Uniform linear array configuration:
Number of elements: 48
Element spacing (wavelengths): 0.5
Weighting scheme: blackman
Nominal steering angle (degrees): -15
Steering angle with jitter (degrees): -14.531
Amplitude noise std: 0.05
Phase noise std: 0.05

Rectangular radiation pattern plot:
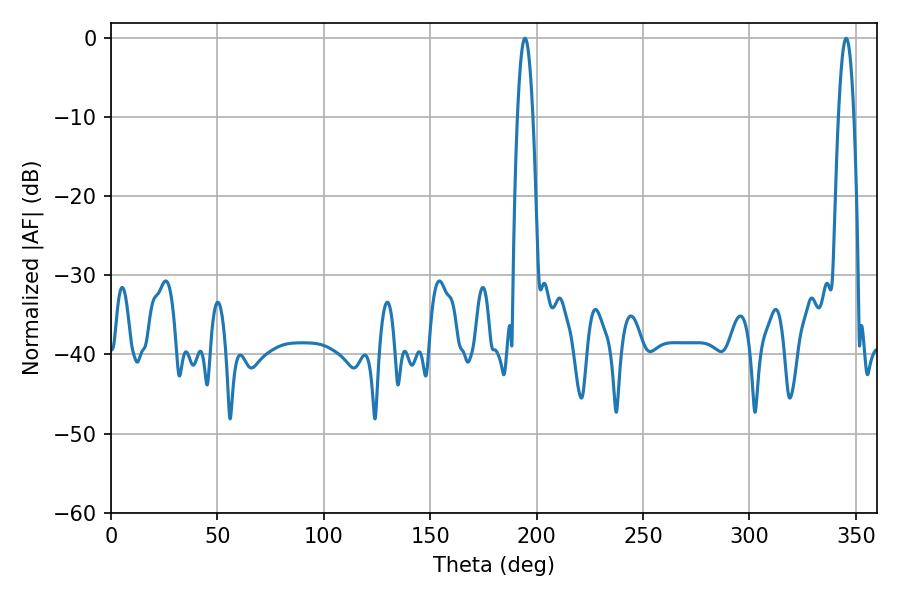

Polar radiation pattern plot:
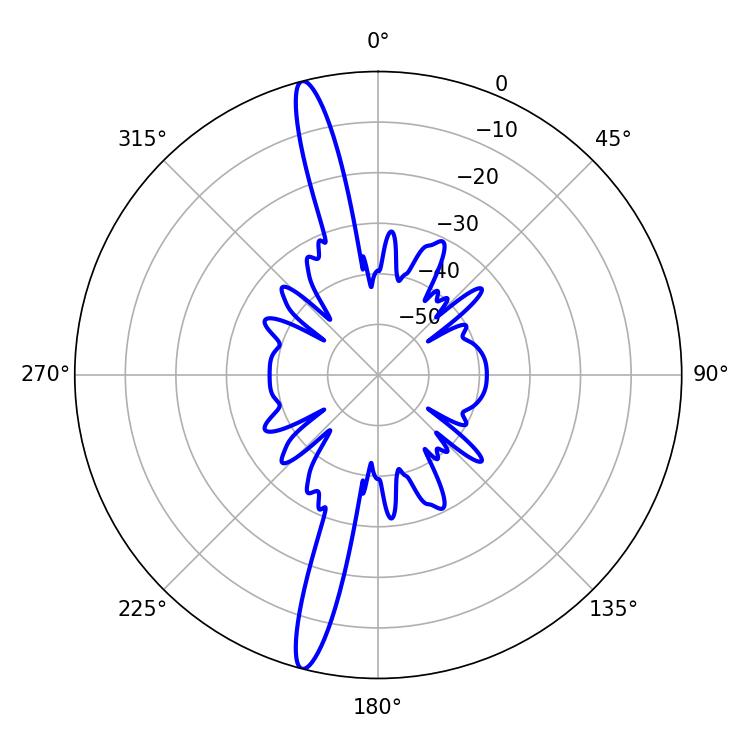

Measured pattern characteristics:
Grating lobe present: FALSE
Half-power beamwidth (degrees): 3.96
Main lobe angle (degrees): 345.42